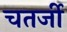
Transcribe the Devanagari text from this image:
चतर्जी